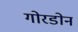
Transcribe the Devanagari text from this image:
गोरडोन